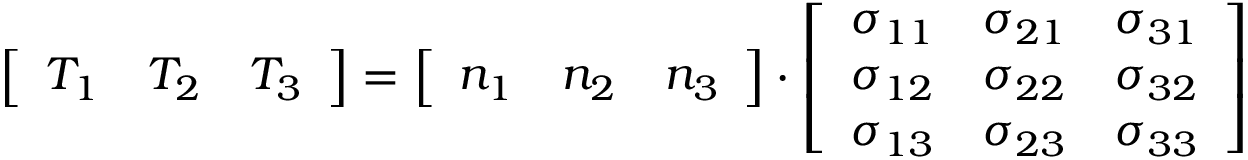
{ \left[ \begin{array} { l l l } { T _ { 1 } } & { T _ { 2 } } & { T _ { 3 } } \end{array} \right] } = { \left[ \begin{array} { l l l } { n _ { 1 } } & { n _ { 2 } } & { n _ { 3 } } \end{array} \right] } \cdot { \left[ \begin{array} { l l l } { \sigma _ { 1 1 } } & { \sigma _ { 2 1 } } & { \sigma _ { 3 1 } } \\ { \sigma _ { 1 2 } } & { \sigma _ { 2 2 } } & { \sigma _ { 3 2 } } \\ { \sigma _ { 1 3 } } & { \sigma _ { 2 3 } } & { \sigma _ { 3 3 } } \end{array} \right] }